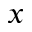
x